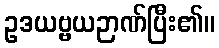
ဥဒယဗ္ဗယဉာဏ်ပြီး၏။